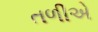
તળીએ